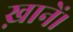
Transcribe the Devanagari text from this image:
ख़ानें।